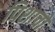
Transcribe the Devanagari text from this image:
पिशाचो